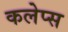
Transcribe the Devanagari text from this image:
कलेप्स